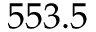
5 5 3 . 5